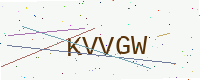
Text: KVVGW